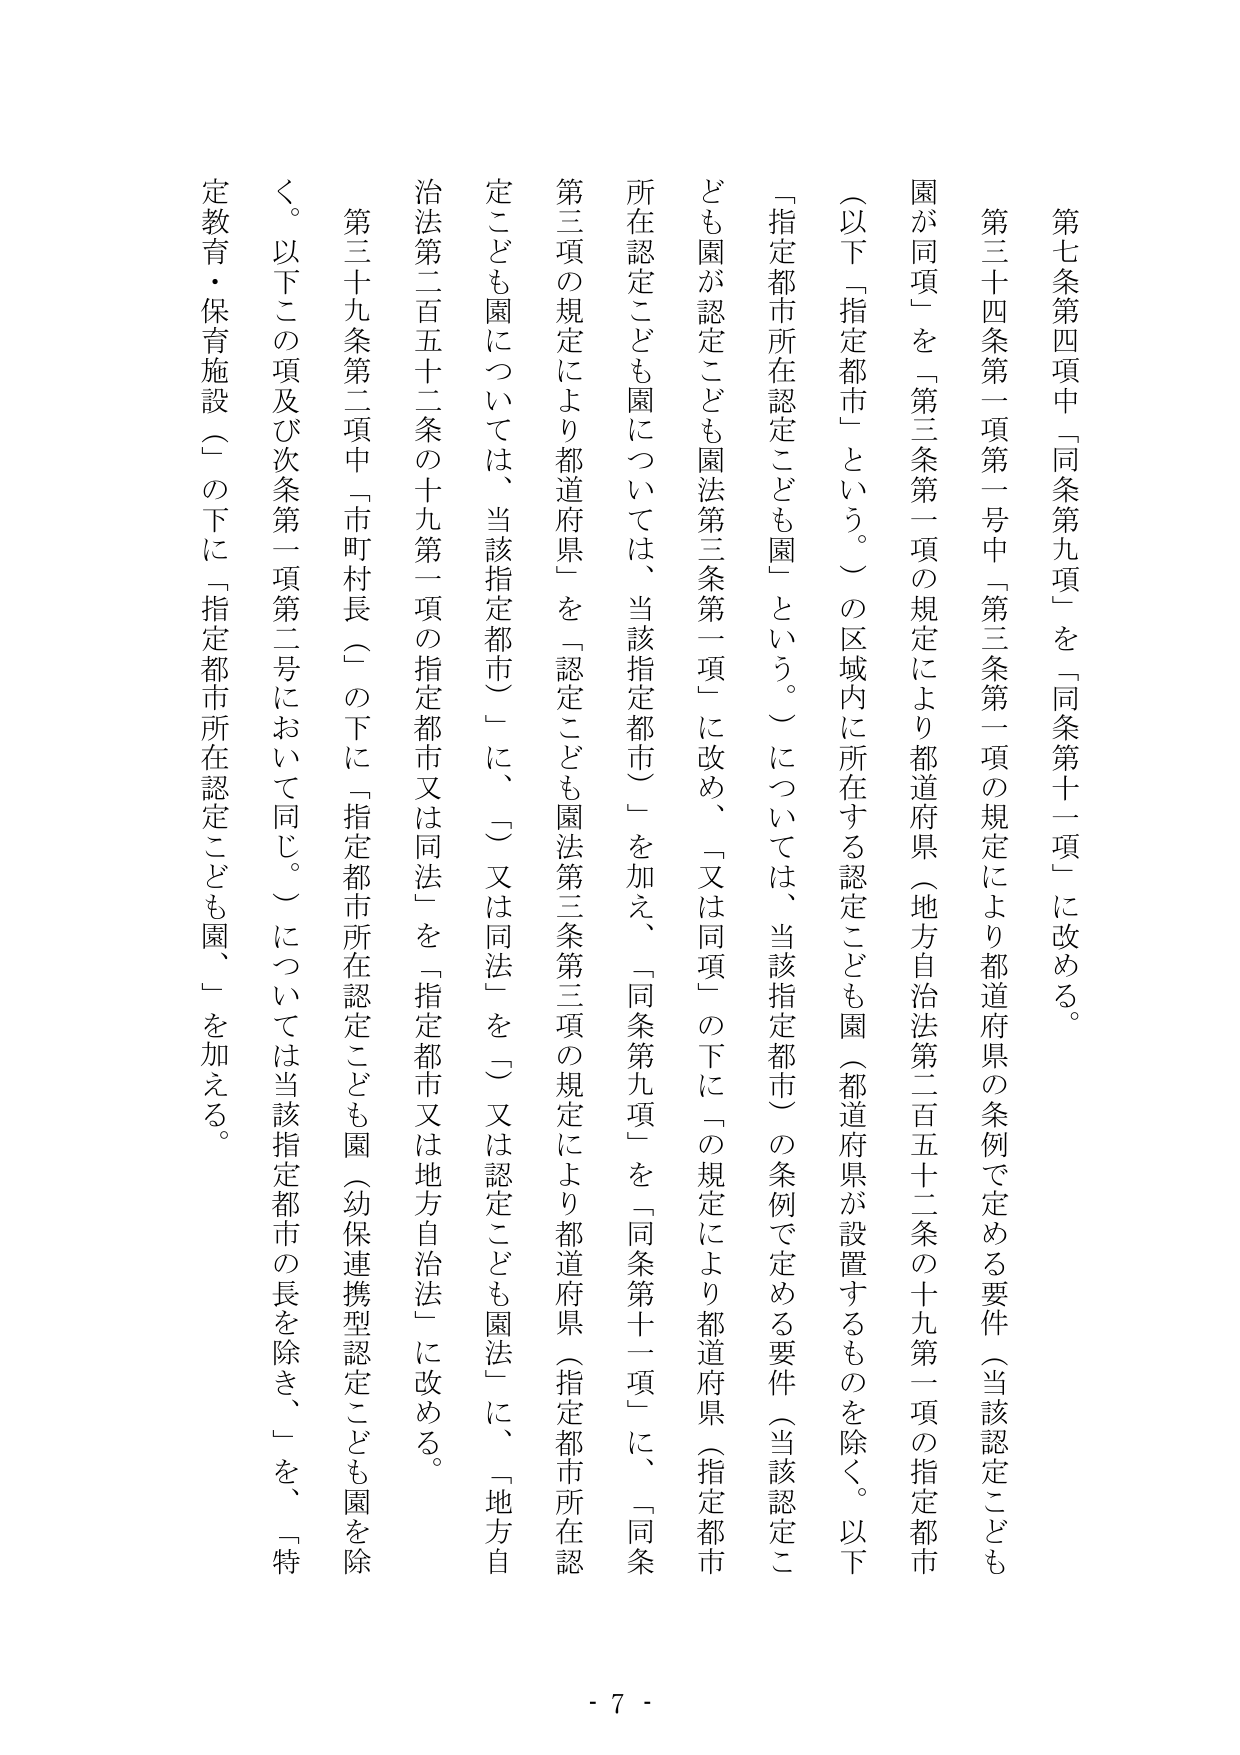
第七条第四項中「同条第九項」を「同条第十一項」に改める。

第三十四条第一項第一号中「第三条第一項の規定により都道府県の条例で定める要件（当該認定こども園が同項」を「第三条第一項の規定により都道府県（地方自治法第二百五十二条の十九第一項の指定都市（以下「指定都市」という。）の区域内に所在する認定こども園（都道府県が設置するものを除く。以下「指定都市所在認定こども園」という。）については、当該指定都市（）の条例で定める要件（当該認定こども園が認定こども園法第三条第一項」に改め、「又は同項」の下に「の規定により都道府県（指定都市所在認定こども園については、当該指定都市（）を加え、「同条第九項」を「同条第十一項」に、「同条第三項の規定により都道府県」を「認定こども園法第三条第三項の規定により都道府県（指定都市所在認定こども園については、当該指定都市（）に、（）又は同法」を（）又は認定こども園法」に、「地方自治法第二百五十二条の十九第一項の指定都市又は同法」を「指定都市又は地方自治法」に改める。

第三十九条第二項中「市町村長（）の下に「指定都市所在認定こども園（幼保連携型認定こども園を除く。以下この項及び次条第一項第二号において同じ。）については当該指定都市の長を除き、」を、「特定教育・保育施設（）の下に「指定都市所在認定こども園、」を加える。

- 7 -